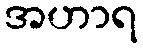
အဟာရ